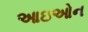
આઇઓન